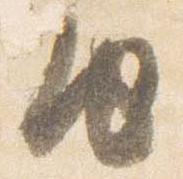
由